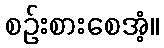
စဉ်းစားစေအံ့။